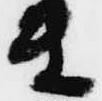
衛